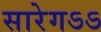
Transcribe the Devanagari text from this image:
सारेगऽऽ